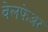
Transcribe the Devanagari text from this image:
वेलफेअर